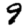
Digit: 9